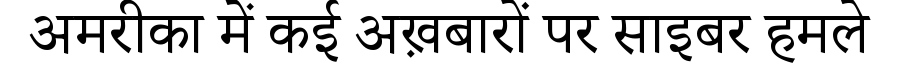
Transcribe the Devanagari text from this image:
अमरीका में कई अख़बारों पर साइबर हमले